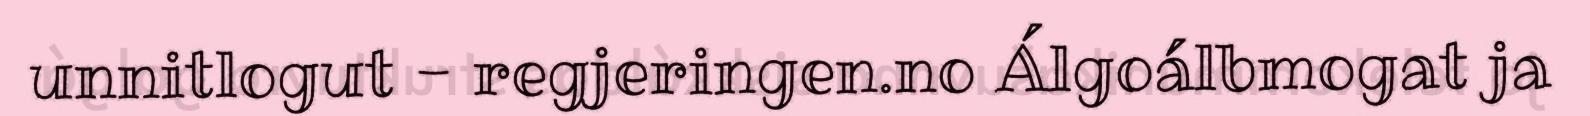
unnitlogut - regjeringen.no Álgoálbmogat ja